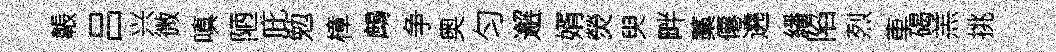
韔吕兴微嗔陋庇勉樟鷓争奥匀邂婿熒臾畔藁僊遶繙陷烈車碣羔挑